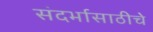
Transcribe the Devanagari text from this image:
संदर्भासाठीचे